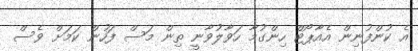
އެ ކުންފުނިން އެއާޕޯޓް ހިންގުމާ ހަވާލުވާނީ ތިން މަސް ފަހުން ކަމަށް ވެސް